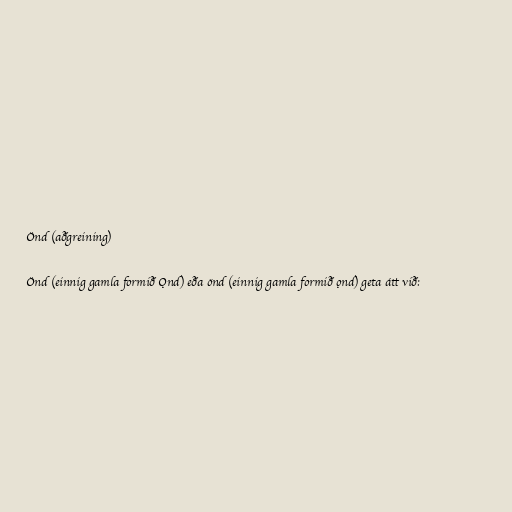
Önd (aðgreining)

Önd (einnig gamla formið Ǫnd) eða önd (einnig gamla formið ǫnd) geta átt við: